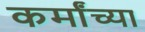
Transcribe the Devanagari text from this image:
कर्मांच्या